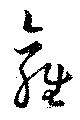
雍